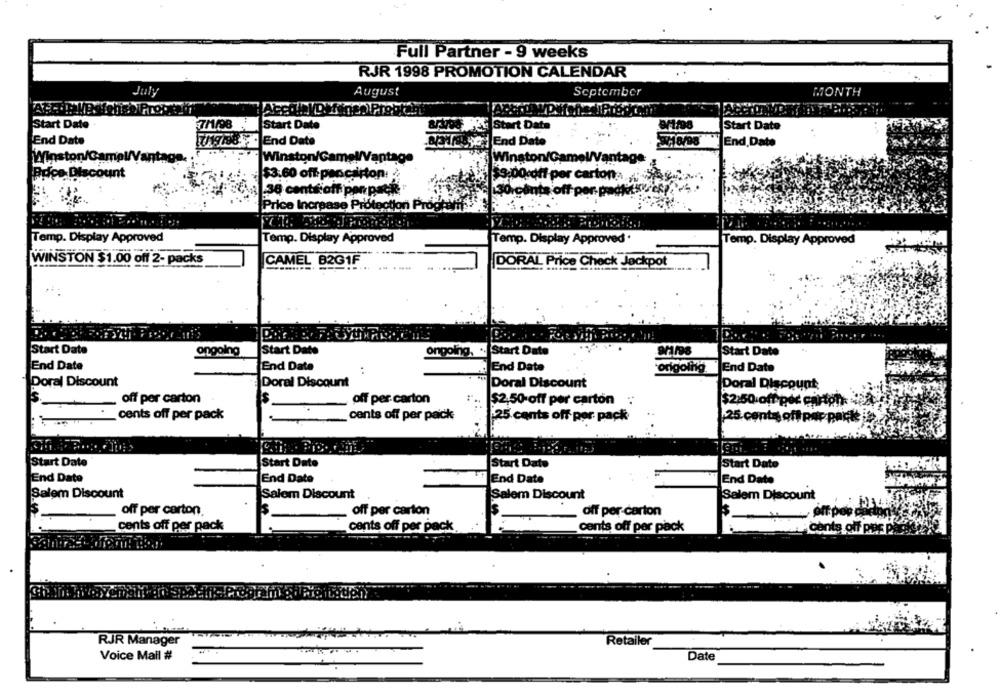
Full Partner - 9 weeks
RJR 1998 PROMOTION CALENDAR
MONTH
July
August
September
Start Date
7/1/98
Start Date
8/200 WEL Start Date
Start Date
End Date
End Date
aprince End Date
End Date
Winston/Game
& Winston/Gamel/Vantage
Winston/GameW/Vantage
Price Discount
$3.60 off pencarton:
$9,00-off per carton:
13 38 cents:oft per pat
30 cents off per packtick7.74
Price Increase Protection Prognovifte
Temp. Display Approved
Temp. Display Approved
Temp. Display Approved.
Temp. Display Approved
WINSTON $1.00 off 2- packs
CAMEL B2GIF
DORAL Price Check Jackpot
Start Date
ongoing
Start Date
ongoing. .. Start Date
Start Date
End Date
End Date
End Date
origoing
End Date
Poral Discount
Doral Discount
Doral Discount
Doral Discount
Is.
s
off per carton
off per carton
$2,50 off per carton
$2:50 off per carton
cents off per pack
cents off per pack
25 cents off por pack
25 cents off pop parts
Start Date
Start Date
Start Date
Start Date
End Date
End Date
End Date
End Date
Salem Discount
Salem Discount
Salem Discount
Salem Discount
Is
off per carton
off per carton
off per carton
-
cents off per pack
cents off per pack
cents off per pack
cents off pre pa
RJR Manager
Retailer
Voice Mail #
Date